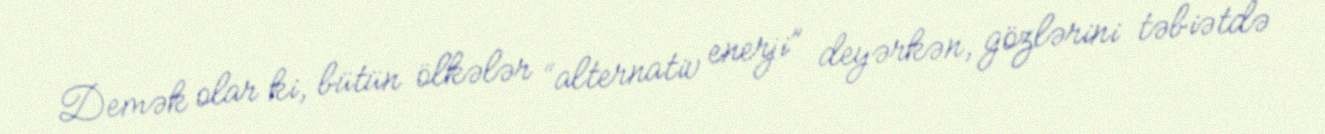
Demək olar ki, bütün ölkələr “alternativ enerji” deyərkən, gözlərini təbiətdə